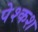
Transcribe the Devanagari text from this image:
पेश्कश